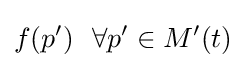
f(p')\ \ \forall p'\in M'(t)